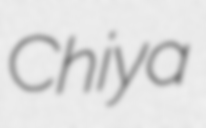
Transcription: Chiya